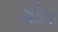
ગીવ